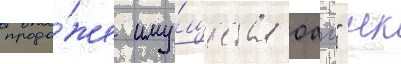
прода́же иму́щества оао" нк